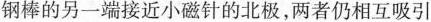
钢棒的另一端接近小磁针的北极，两者仍相互吸引